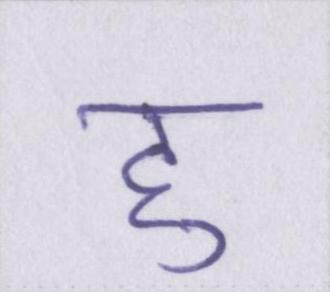
हु